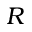
R